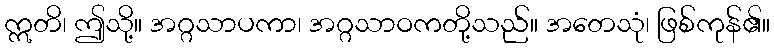
ဣတိ၊ ဤသို့။ အဂ္ဂသာပကာ၊ အဂ္ဂသာဝကတို့သည်။ အတေသုံ၊ ဖြစ်ကုန်၏။